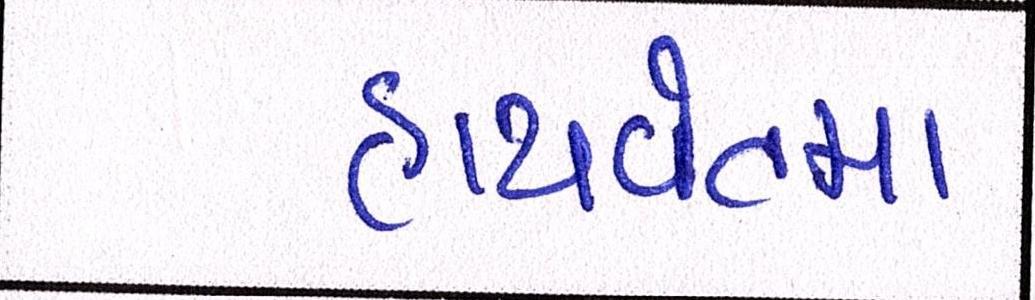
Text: હાથવેતમા